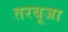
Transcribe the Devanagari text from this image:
तरबूजा